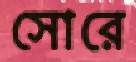
সোরে